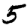
Digit: 5